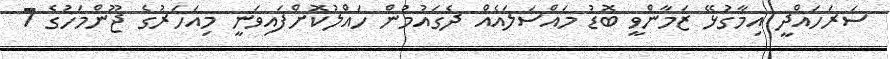
ސަރަހައްދީ އިމާގުޅޭ ޒަމާންވީ ބޮޑު މައްސަލައެއް ދެގައުމުން ހައްލުކޮށްފައިވަނީ މިއަހަރުގެ ޖޫންމަހުގެ 7